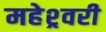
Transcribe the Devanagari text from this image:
महेश्र्वरी